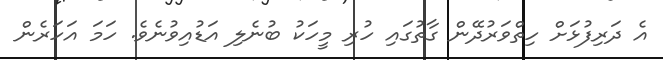
އެ ދަރިފުޅަށް ހިތްވަރުދޭން ގާތުގައި ހުރި މީހަކު ބުނެލި އަޑުއިވުނެވެ. ހަމަ އަހަރެން